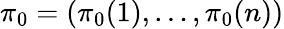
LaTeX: \pi_{0}=(\pi_{0}(1),\dots,\pi_{0}(n))